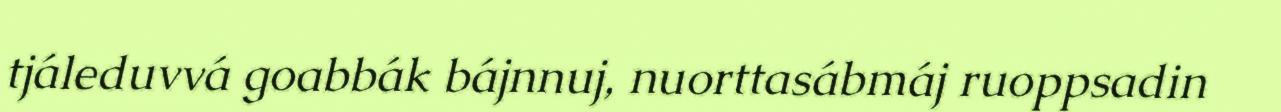
tjáleduvvá goabbák bájnnuj, nuorttasábmáj ruoppsadin